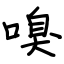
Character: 嗅